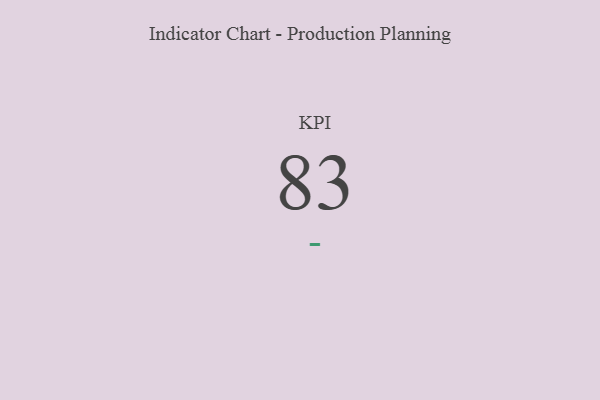
{"axis": {"x": "KPI", "y": "Value"}, "legend": [""], "data": [{"x": "KPI", "y": 83, "type": ""}]}